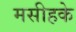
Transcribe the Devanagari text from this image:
मसीहके